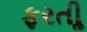
ફરતીૢ